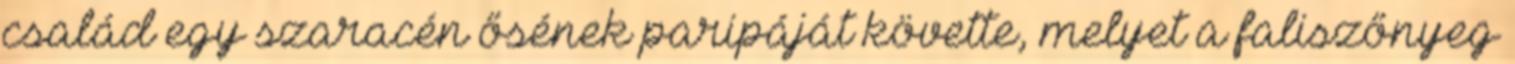
család egy szaracén ősének paripáját követte, melyet a faliszőnyeg